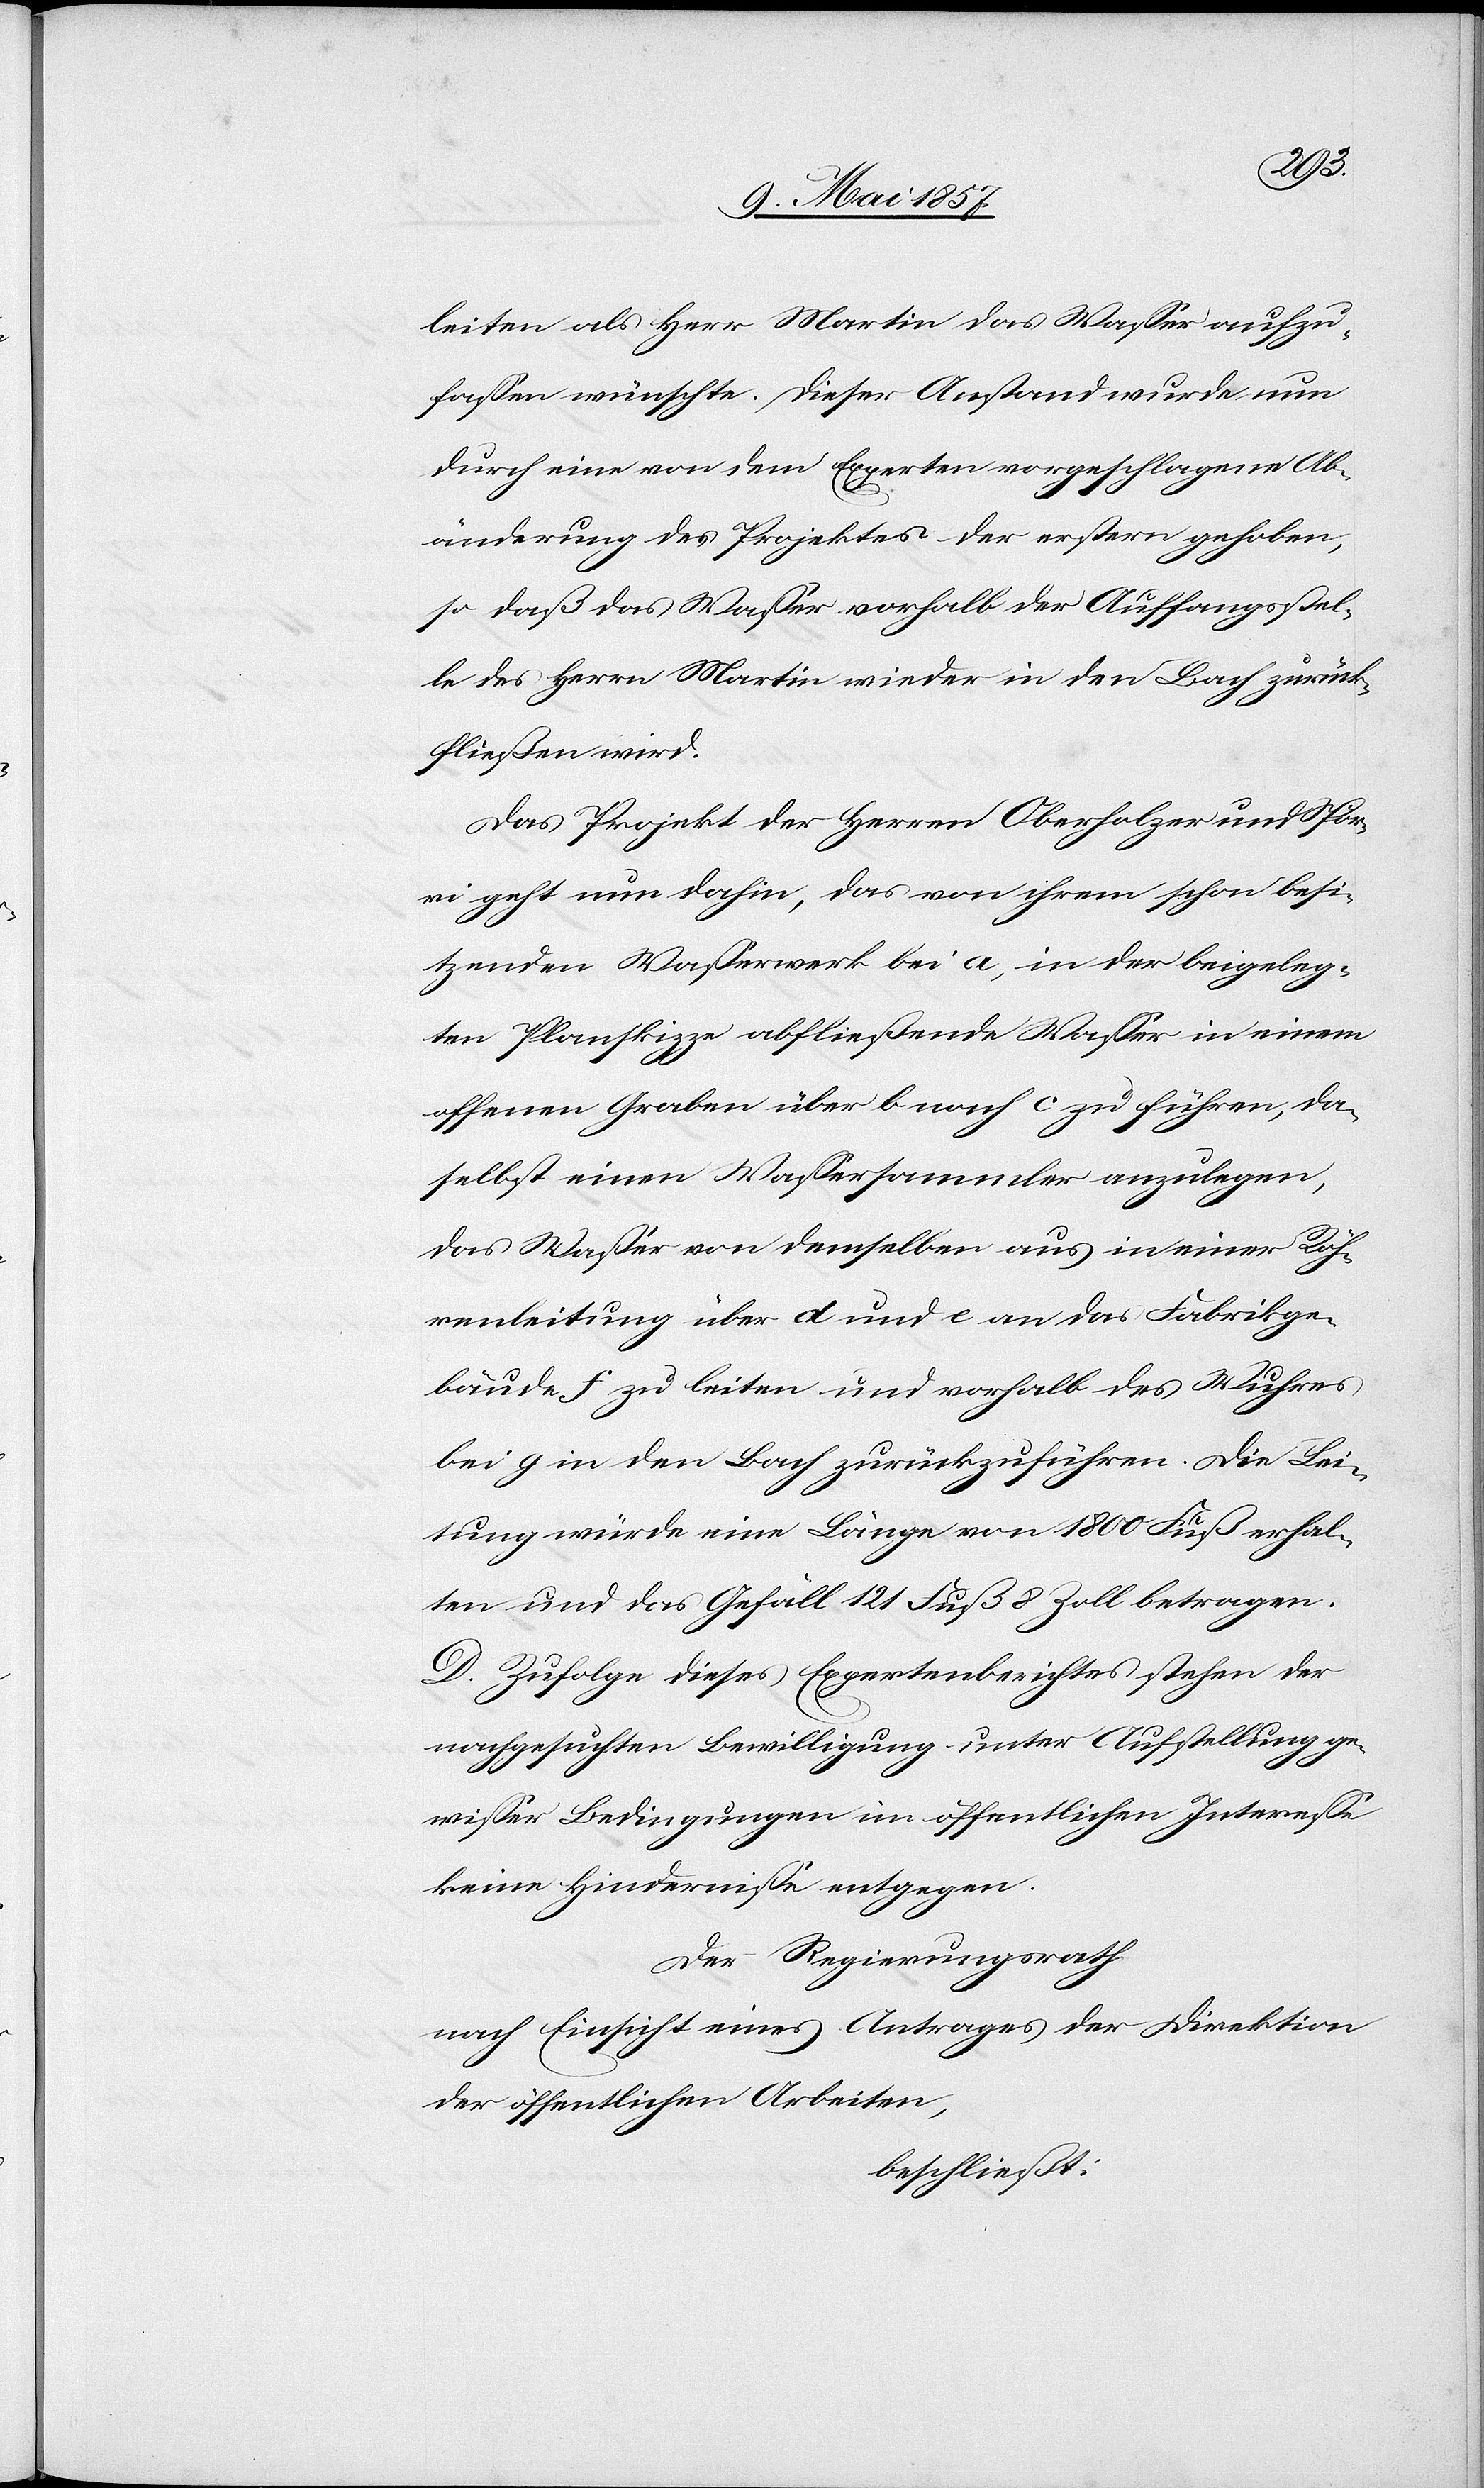
leiten als Herr Martin das Wasser aufzu¬
fassen wünschte. Dieser Anstand wurde nun
durch eine von dem Experten vorgeschlagene Ab¬
änderung des Projektes der erstern gehoben,
so daß das Wasser vorhalb der Auffangsstel¬
le des Herrn Martin wieder in den Bauch zurück¬
fließen wird.
Das Projekt der Herrn Oberholzer und Spör¬
ri geht nun dahin, das von ihrem schon besi¬
tzenden Wasserwerk bei a, in der beigeleg¬
ten Planskizze abfliessende Wasser in einem
offenen Graben über b nach c zu führen, da¬
selbst einen Wassersammler anzulegen,
das Wasser von demselben aus in einer Röh¬
renleitung über d und e an das Fabrikge¬
bäude f zu leiten und vorhalb des Wuhres
bei g in den Bach zurückzuführen. Die Lei¬
tung würde eine Länge von 1800 Fuß erhal¬
ten und das Gefäll 121 Fuß 8 Zoll betragen.
D. Zufolge dieses Expertenberichtes stehen der
nachgesuchten Bewilligung unter Aufstellung ge¬
wisser Bedingungen im öffentlichen Interesse
keine Hindernisse entgegen.
Der Regierungsrath
nach Einsicht eines Antrages der Direktion
der öffentlichen Arbeiten,
beschließt: